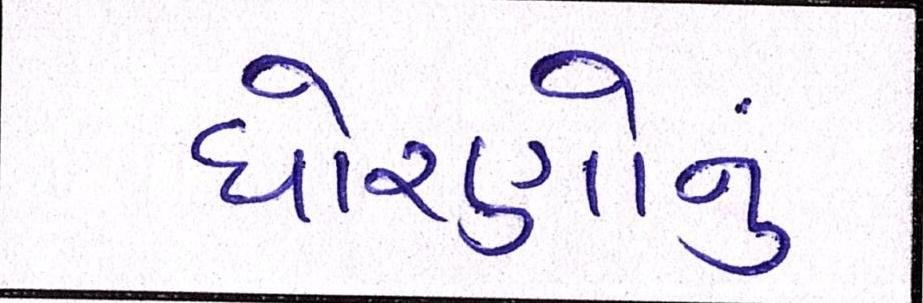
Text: ધોરણોનું